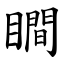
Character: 瞷